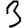
Digit: 3